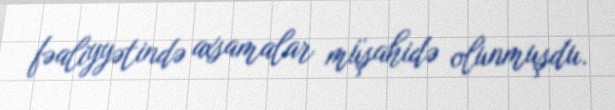
fəaliyyətində axsamalar müşahidə olunmuşdu.